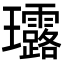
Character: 𤫢